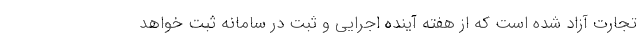
تجارت آزاد شده است که از هفته آینده اجرایی و ثبت در سامانه ثبت خواهد